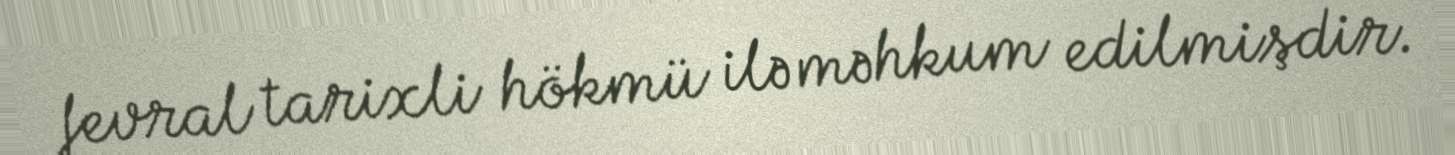
fevral tarixli hökmü ilə məhkum edilmişdir.